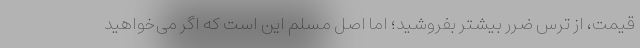
قیمت، از ترس ضرر بیشتر بفروشید؛ اما اصل مسلم این است که اگر می‌خواهید